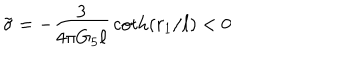
\tilde { \sigma } = - { \frac { 3 } { 4 \pi G _ { 5 } \ell } } \coth ( r _ { 1 } / \ell ) < 0